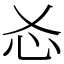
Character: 㣻